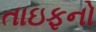
તાઇફનો